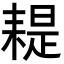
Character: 𦔂